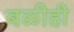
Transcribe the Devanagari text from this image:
बळीही